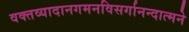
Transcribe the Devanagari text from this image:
वक्तव्यादानगमनविसर्गानन्दात्मने